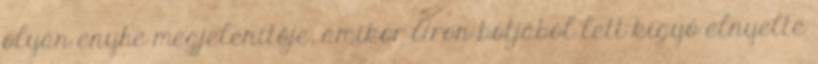
olyan enyhe megjelenítője, amikor Áron botjából lett kígyó elnyelte